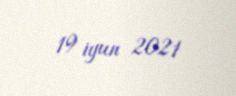
19 iyun 2021